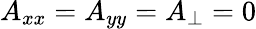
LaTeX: A_{xx}=A_{yy}=A_{\perp}=0